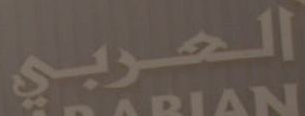
العربي